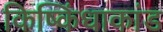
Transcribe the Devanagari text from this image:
किष्किंधाकांड